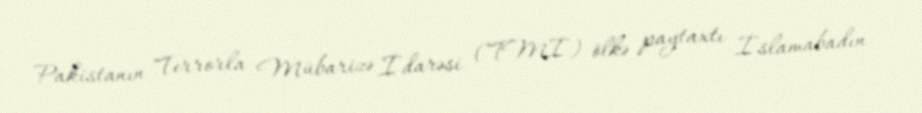
Pakistanın Terrorla Mübarizə İdarəsi (TMİ) ölkə paytaxtı İslamabadın